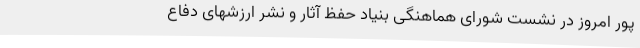
پور امروز در نشست شورای هماهنگی بنیاد حفظ آثار و نشر ارزشهای دفاع